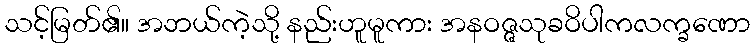
သင့်မြတ်၏။ အဘယ်ကဲ့သို့ နည်းဟူမူကား အနဝဇ္ဇသုခဝိပါကလက္ခဏော